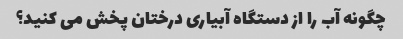
چگونه آب را از دستگاه آبیاری درختان پخش می کنید؟